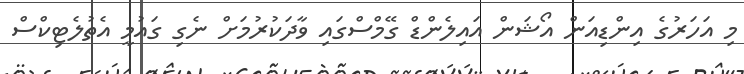
މި އަހަރުގެ އިންޑިއަން އޯޝަން އައިލެންޑް ގޭމްސްގައި ވާދަކުރުމަށް ނެގި ގައުމީ އެތުލެޓިކްސް